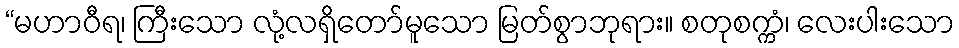
“မဟာဝီရ၊ ကြီးသော လုံ့လရှိတော်မူသော မြတ်စွာဘုရား။ စတုစက္ကံ၊ လေးပါးသော